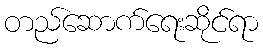
တည်ဆောက်ရေးဆိုင်ရာ